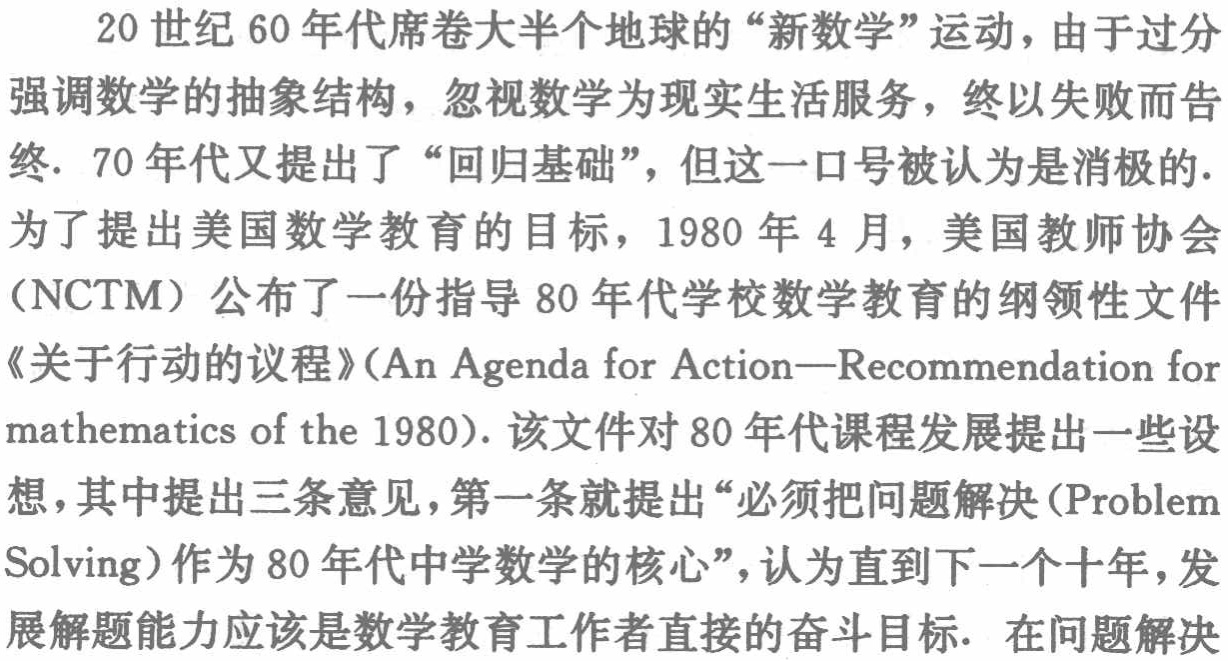
20世纪60年代席卷大半个地球的“新数学”运动，由于过分强调数学的抽象结构，忽视数学为现实生活服务，终以失败而告终. 70年代又提出了“回归基础”，但这一口号被认为是消极的. 为了提出美国数学教育的目标，1980年4月，美国教师协会（NCTM）公布了一份指导80年代学校数学教育的纲领性文件《关于行动的议程》(An Agenda for Action—Recommendation for mathematics of the 1980). 该文件对80年代课程发展提出一些设想，其中提出三条意见，第一条就提出“必须把问题解决(Problem Solving)作为80年代中学数学的核心”，认为直到下一个十年，发展解题能力应该是数学教育工作者直接的奋斗目标. 在问题解决